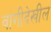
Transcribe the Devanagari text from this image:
वांगीदेखील